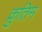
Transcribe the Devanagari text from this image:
क्रुतिम